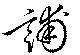
誧